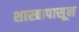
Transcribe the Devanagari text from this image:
शास्त्रापासून